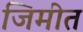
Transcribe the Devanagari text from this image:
जिमीत